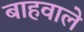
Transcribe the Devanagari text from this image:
बाहवाले